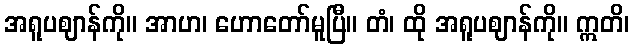
အရူပဈာန်ကို။ အာဟ၊ ဟောတော်မူပြီ။ တံ၊ ထို အရူပဈာန်ကို။ ဣတိ၊